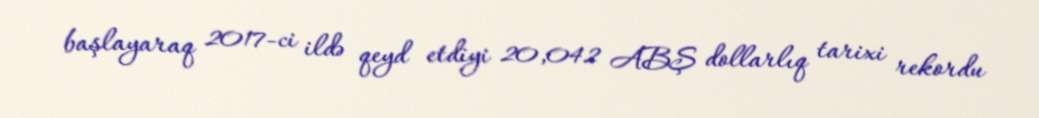
başlayaraq 2017-ci ildə qeyd etdiyi 20,042 ABŞ dollarlıq tarixi rekordu